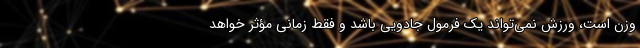
وزن است، ورزش نمی‌تواند یک فرمول جادویی باشد و فقط زمانی مؤثر خواهد